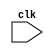
module counter (input clk);
    localparam MAX_COUNT = 16'b1000;

    reg [15:0] counter;

    always @(posedge clk)
        if(counter == MAX_COUNT)
            counter <= 0;
        else
            counter <= counter + 1'b1;

`ifdef FORMAL
    initial
        assume(counter == 0);

    always @(*)
        assert(counter <= MAX_COUNT);
`endif
endmodule